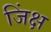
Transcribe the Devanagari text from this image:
जिंक्ष